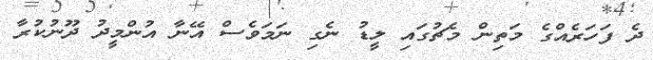
ދެ ފަހަރެއްގެ މަތިން މެޗުގައި ލީޑު ނެގި ނަމަވެސް އޭނާ އުންމީދު ދޫނުކުރާ